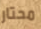
محتار